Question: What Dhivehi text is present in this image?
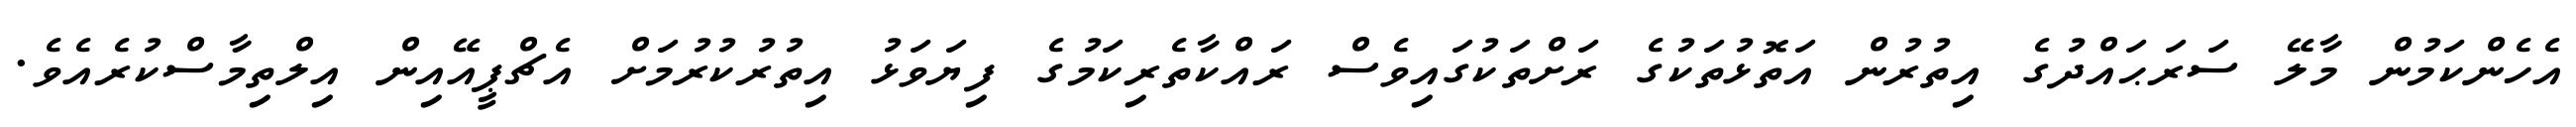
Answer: އެހެންކަމުން މާލޭ ސަރަޙައްދުގެ އިތުރުން އަތޮޅުތަކުގެ ރަށްތަކުގައިވެސް ރައްކާތެރިކަމުގެ ފިޔަވަޅު އިތުރުކުރުމަށް އެޗްޕީއޭއިން އިލްތިމާސްކުރެއެވެ.